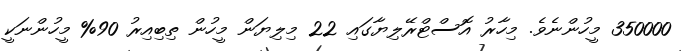
350000 މީހުންނެވެ. މިހާރު އޮސްޓްރޭލިޔާގައި 22 މިލިޔަން މީހުން ތިބިއިރު 90% މީހުންނަކީ